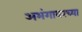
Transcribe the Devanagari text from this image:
अभंगावरच्या